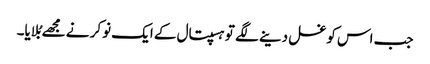
جب اس کو غسل دینے لگے تو ہسپتال کے ایک نوکر نے مجھے بُلایا۔